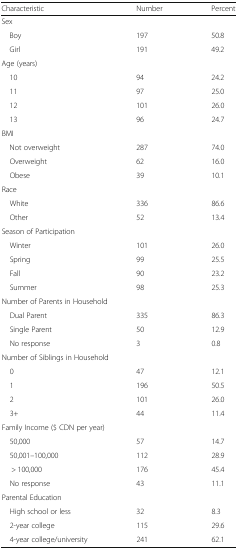
<table><thead><tr><td><b>Characteristic</b></td><td><b>Number</b></td><td><b>Percent</b></td></tr></thead><tbody><tr><td colspan="3">Sex</td></tr><tr><td> Boy</td><td>197</td><td>50.8</td></tr><tr><td> Girl</td><td>191</td><td>49.2</td></tr><tr><td colspan="3">Age (years)</td></tr><tr><td> 10</td><td>94</td><td>24.2</td></tr><tr><td> 11</td><td>97</td><td>25.0</td></tr><tr><td> 12</td><td>101</td><td>26.0</td></tr><tr><td> 13</td><td>96</td><td>24.7</td></tr><tr><td colspan="3">BMI</td></tr><tr><td> Not overweight</td><td>287</td><td>74.0</td></tr><tr><td> Overweight</td><td>62</td><td>16.0</td></tr><tr><td> Obese</td><td>39</td><td>10.1</td></tr><tr><td colspan="3">Race</td></tr><tr><td> White</td><td>336</td><td>86.6</td></tr><tr><td> Other</td><td>52</td><td>13.4</td></tr><tr><td colspan="3">Season of Participation</td></tr><tr><td> Winter</td><td>101</td><td>26.0</td></tr><tr><td> Spring</td><td>99</td><td>25.5</td></tr><tr><td> Fall</td><td>90</td><td>23.2</td></tr><tr><td> Summer</td><td>98</td><td>25.3</td></tr><tr><td colspan="3">Number of Parents in Household</td></tr><tr><td> Dual Parent</td><td>335</td><td>86.3</td></tr><tr><td> Single Parent</td><td>50</td><td>12.9</td></tr><tr><td> No response</td><td>3</td><td>0.8</td></tr><tr><td colspan="3">Number of Siblings in Household</td></tr><tr><td> 0</td><td>47</td><td>12.1</td></tr><tr><td> 1</td><td>196</td><td>50.5</td></tr><tr><td> 2</td><td>101</td><td>26.0</td></tr><tr><td> 3+</td><td>44</td><td>11.4</td></tr><tr><td colspan="3">Family Income ($ CDN per year)</td></tr><tr><td> 50,000</td><td>57</td><td>14.7</td></tr><tr><td> 50,001–100,000</td><td>112</td><td>28.9</td></tr><tr><td>&gt; 100,000</td><td>176</td><td>45.4</td></tr><tr><td> No response</td><td>43</td><td>11.1</td></tr><tr><td colspan="3">Parental Education</td></tr><tr><td> High school or less</td><td>32</td><td>8.3</td></tr><tr><td> 2-year college</td><td>115</td><td>29.6</td></tr><tr><td> 4-year college/university</td><td>241</td><td>62.1</td></tr></tbody></table>